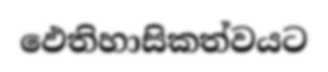
ඵෙතිහාසිකත්වයට